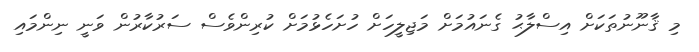
މި ޤާނޫނުތަކަށް އިސްލާޙު ގެނައުމަށް މަޖިލީހަށް ހުށަހެޅުުމަށް ކުރިންވެސް ސަރުކާރުން ވަނީ ނިންމައި